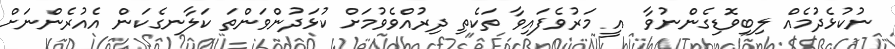
ނުކުޅެދުމެއް ލިބިވޮޑިގެންނުވާ  އީ މަރުވެފައިވާ ތަކެތި ދިރުއްވެވުމަށް ކުޅަދުންވަންތަ ކަލާނގެކަން އެއުރެންނަށް